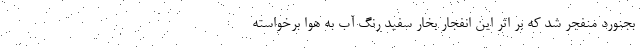
بجنورد منفجر شد که بر اثر این انفجار بخار سفید رنگ آب به هوا برخواسته